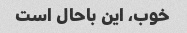
خوب، این باحال است